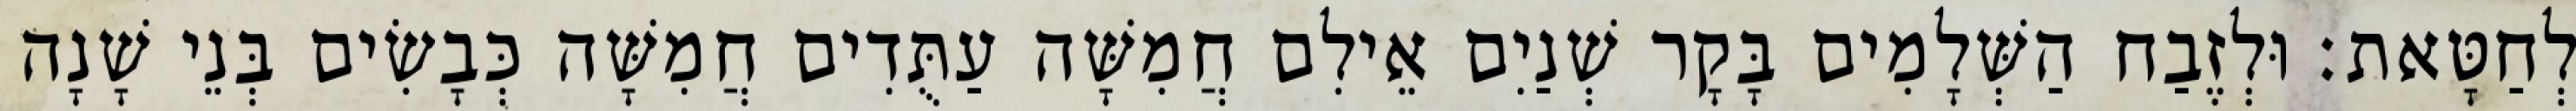
לְחַטָּאת׃ וּלְזֶבַח הַשְּׁלָמִים בָּקָר שְׁנַיִם אֵילִם חֲמִשָּׁה עַתֻּדִים חֲמִשָּׁה כְּבָשִׂים בְּנֵי שָׁנָה